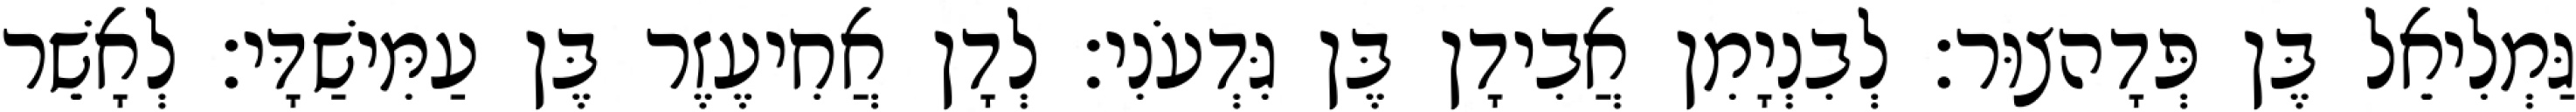
גַּמְלִיאֵל בֶּן פְּדָהצוּר׃ לְבִנְיָמִן אֲבִידָן בֶּן גִּדְעֹנִי׃ לְדָן אֲחִיעֶזֶר בֶּן עַמִּישַׁדָּי׃ לְאָשֵׁר